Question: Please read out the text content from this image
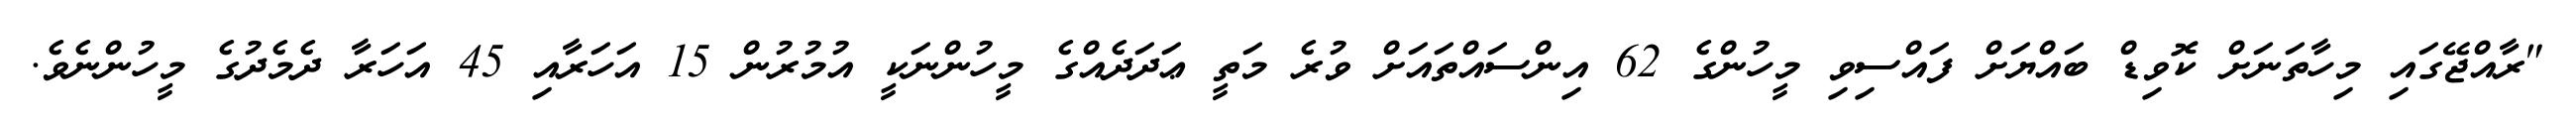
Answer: "ރާއްޖޭގައި މިހާތަނަށް ކޮވިޑް ބައްޔަށް ފައްސިވި މީހުންގެ 62 އިންސައްތައަށް ވުރެ މަތީ ޢަދަދެއްގެ މީހުންނަކީ އުމުރުން 15 އަހަރާއި 45 އަހަރާ ދެމެދުގެ މީހުންނެވެ.